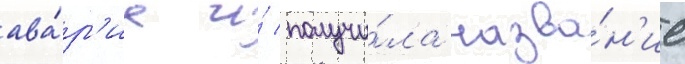
ава́р'иа и́ получи́ла назва́н'ие